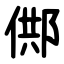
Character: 䣏